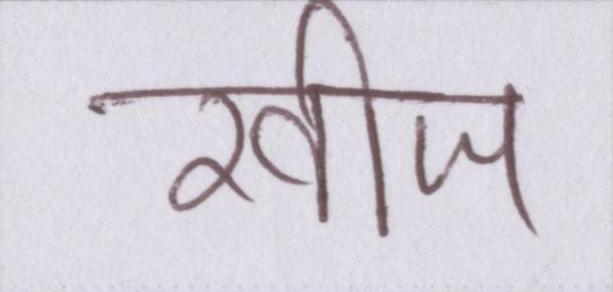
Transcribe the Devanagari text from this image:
खीज